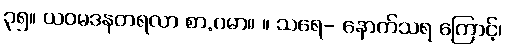
၃၅။ ယဝမဒနတရလာ စာ.ဂမာ။ ။ သရေ- နောက်သရ ကြောင့်၊